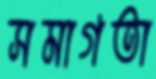
সমাগতা